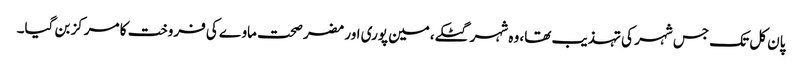
پان کل تک جس شہر کی تہذیب تھا، وہ شہر گٹکے،مین پوری اور مضر صحت ماوے کی فروخت کا مرکز بن گیا۔